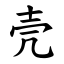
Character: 壳